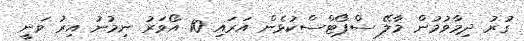
ގުރު ދިމާވުމުން މާލޭ ސްޕޯޓްސްކުޅެން އަރައި 10 އޯވަރު ނިމުނު އިރު ވަނީ